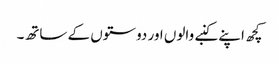
کچھ اپنے کنبے والوں اور دوستوں کے ساتھ۔